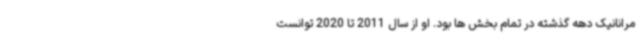
مرانانیک دهه گذشته در تمام بخش ها بود. او از سال 2011 تا 2020 توانست